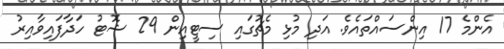
އެންމެ 17 އިންސައްތައެވެ. އަދި މުޅި މެޗުގައި ސިޓީއިން 29 ޝޮޓު ހަދާފައިވާއިރު